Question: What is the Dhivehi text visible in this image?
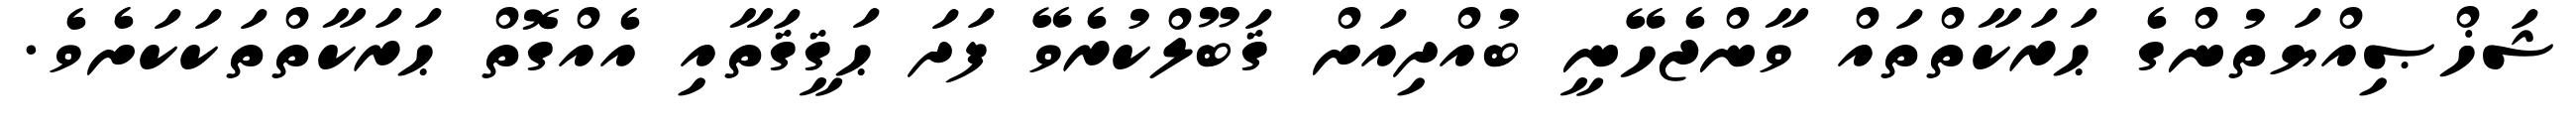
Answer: ޝަޚްޞިއްޔަތުންގެ ޙަރަކާތްތައް ވާންޖެހޭނީ ބުއްދިއަށް ޤަބޫލްކުރެވޭ ފަދަ ޙަޤީޤަތާއި އެއްގޮތް ޙަރަކާތްތަކަކަށެވެ.